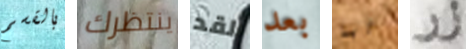
بالقسم ينتظرك لقد بعد ابا زر